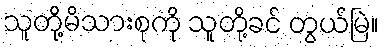
သူတို့မိသားစုကို သူတို့ခင် တွယ်မြဲ။